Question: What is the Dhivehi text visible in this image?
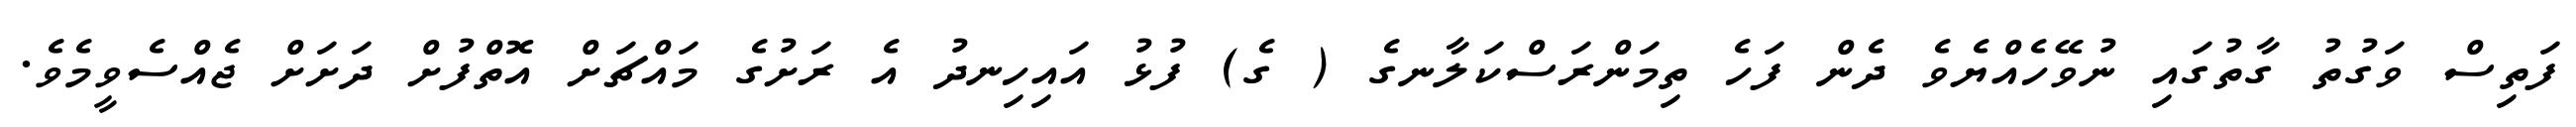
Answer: ފަތިސް ވަގުތު ގާތުގައި ނުވޭހެއްޔެވެ ދެން ފަހެ ތިމަންރަސްކަލާނގެ ( ގެ) ފުޅު އައިހިނދު އެ ރަށުގެ މައްޗަށް އޮތްފުށް ދަށަށް ޖެއްސެވީމެވެ.